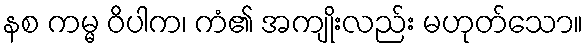
နစ ကမ္မ ဝိပါက၊ ကံ၏ အကျိုးလည်း မဟုတ်သော။